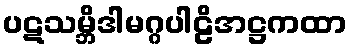
ပဋသမ္ဘိဒါမဂ္ဂပါဠိအဋ္ဌကထာ